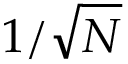
1 / \sqrt { N }